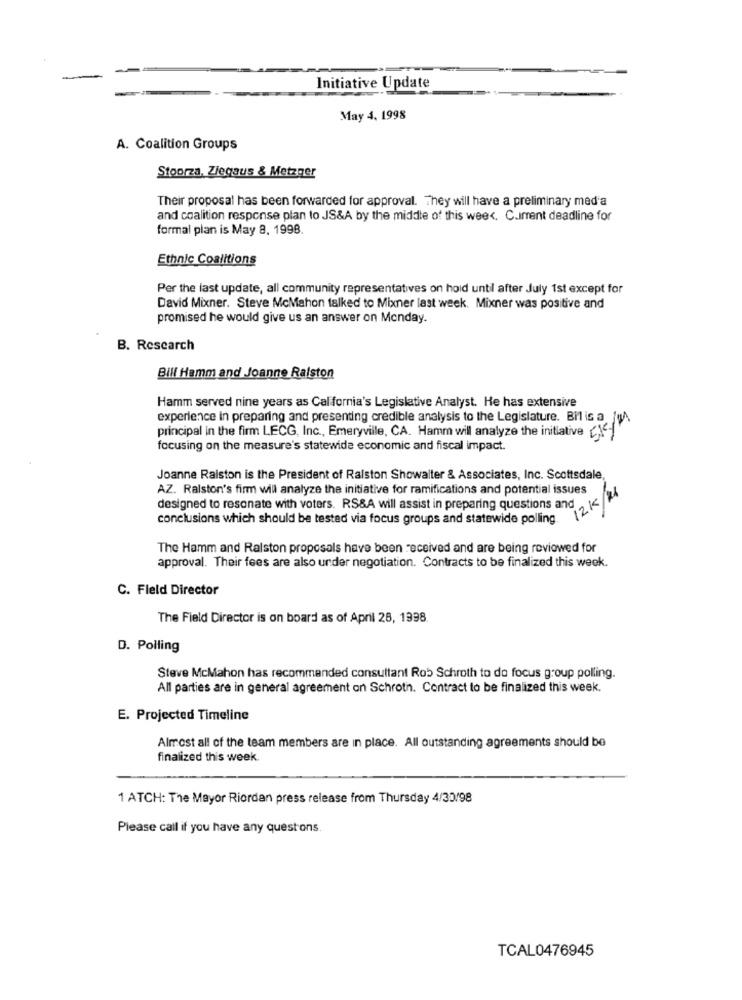
Initiative Update
May 4, 1998
A. Coalition Groups
Stoorza, Ziegaus & Metzger
Their proposal has been forwarded for approval. They will have a preliminary media
and coalition response plan to JS&A by the middle of this week. C.Iment deadline for
formal plan is May 8, 1998.
Ethnic Coalitions
Per the last update, all community representatives on hold until after July 1st except for
David Mixner. Steve McMahon talked to Mixner last week. Mixner was positive and
promised he would give us an answer on Monday.
B. Research
Bill Hamm and Joanne Ralston
Hamm served nine years as Cal fornia's Legislative Analyst. He has extensive
experience in preparing and presenting credible analysis to the Legislature. Bilis a /
5K/M
principal in the firm LECG, Inc ., Emeryville, CA. Hamm will analyze the initiative
focusing on the measure's statewide economic and fiscal impact.
Joanne Ralston is the President of Ralston Showalter & Associates, Inc. Scottsdale
AZ. Ralston's firm will analyze the initiative for ramifications and potential issues
12 K/21
designed to resonate with voters. RS&A will assist in preparing questions and
conclusions which should be tested via focus groups and statewide polling.
The Hamm and Ralston proposals have been received and are being reviewed for
approval. Their fees are also under negotiation. Contracts to be finalized this week.
C. Fleld Director
The Field Director is on board as of April 28, 1998.
D. Polling
Steve McMahon has recommended consultant Rob Schroth to do focus group polling.
All parties are in general agreement on Schroth. Contract to be finalized this week.
E. Projected Timeline
Almost all of the team members are in place. All outstanding agreements should be
finalized this week.
1 ATCH: The Mayor Riordan press release from Thursday 4/30/98
Please call if you have any questions.
TCAL0476945